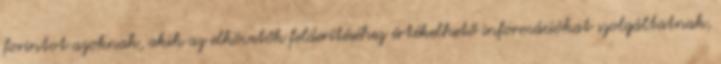
forintot azoknak, akik az elkövetők felderítéséhez értékelhető információkat szolgáltatnak,